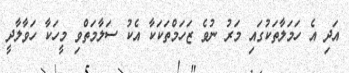
އަދި އެ ހަމަލާތަކުގައި މަރު ނުވެ ޒަހަމްތަކަކާ އެކު ސަލާމަތްވި މީހަކާ ހަވާލާދީ